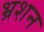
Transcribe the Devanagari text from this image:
भ्रशन